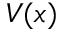
V ( x )